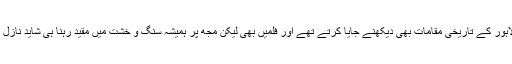
میرے کالج اور ہوسٹل کے ساتھی باقاعدہ پروگرام بنا کر لاہور کے تاریخی مقامات بھی دیکھنے جایا کرتے تھے اور فلمیں بھی لیکن مجھ پر ہمیشہ سنگ و خشت میں مقید رہنا ہی شاید نازل ہوا ہے اور اس پر دوستوں کے طنز کا بھی بارہا نشانہ بنا۔